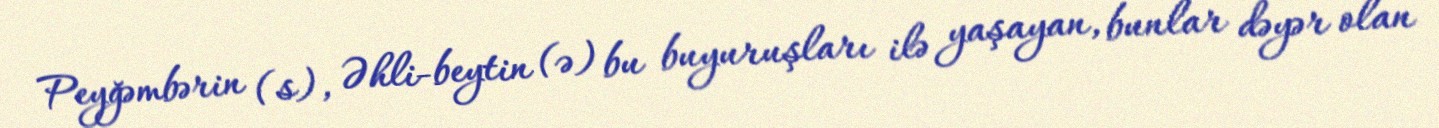
Peyğəmbərin (s), Əhli-beytin (ə) bu buyuruşları ilə yaşayan, bunlar dəyər olan